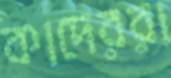
কাদেররা